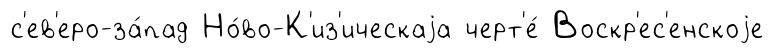
с'ев'еро-за́пад Но́во-К'из'ическаjа черт'е́ Воскр'ес'енскоjе